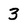
Character: 3